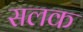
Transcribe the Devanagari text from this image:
सलक